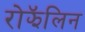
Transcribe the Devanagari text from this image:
रोझॅलिन